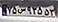
۷۵س۹۲۵۵۳